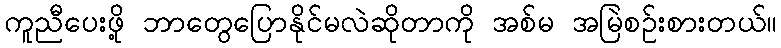
ကူညီပေးဖို့ ဘာတွေပြောနိုင်မလဲဆိုတာကို အစ်မ အမြဲစဉ်းစားတယ်။